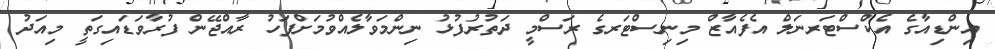
އިންޑިއާގެ އެކްސްޓަރނަލް އެފެއާޒް މިނިސްޓަރގެ ރަސްމީ ދަތުރުފުޅު ނިންމަވާލެއްވުމަށްފަހު ރާއްޖޭން ފުރާވަޑައިގަތީ މިއަދު